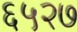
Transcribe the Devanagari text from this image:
६५२७